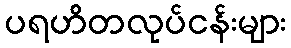
ပရဟိတလုပ်ငန်းများ